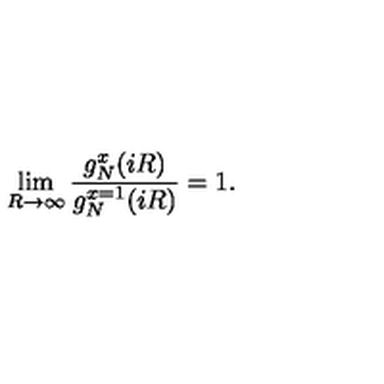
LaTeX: \lim _ { R \rightarrow \infty } { \frac { g _ { N } ^ { x } ( i R ) } { g _ { N } ^ { x = 1 } ( i R ) } } = 1 .